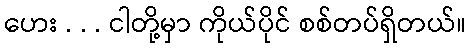
ဟေး . . . ငါတို့မှာ ကိုယ်ပိုင် စစ်တပ်ရှိတယ်။